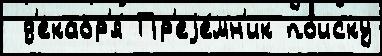
 д'екабр'я́ Пр'еjе́мн'ик по́иску